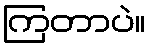
ကြတာပဲ။